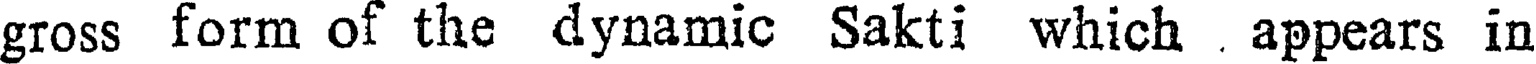
gross form of the dynamic Sakti which . appears in